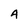
Character: A